Vaccination in Bombay 1902-1912 - 1902-1912
Year: 1902
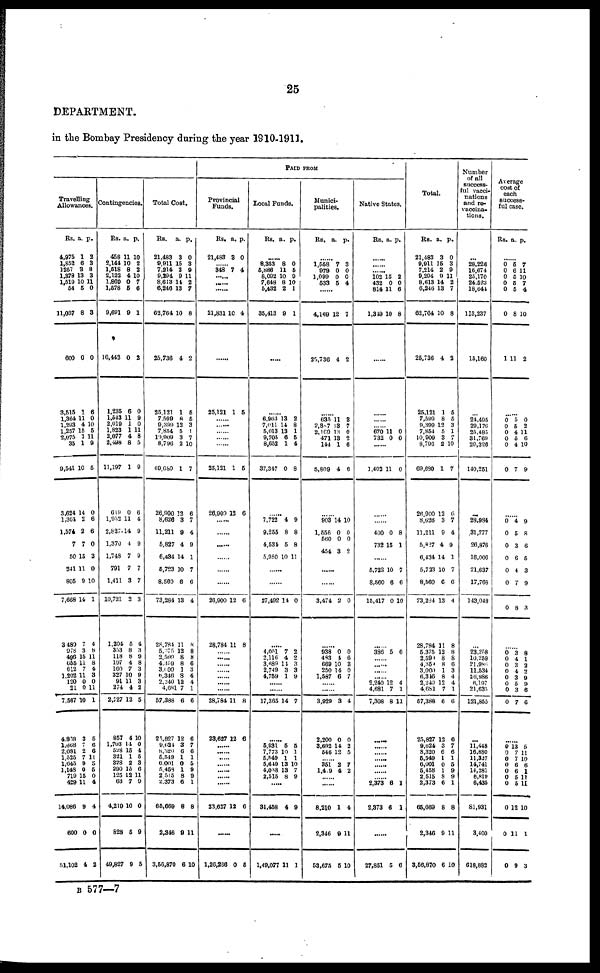
25
DEPARTMENT.
in the Bombay Presidency during the year 1910-1911.
Travelling
Allowances.
Rs.
4,975
1,852
1257
1,378
1,519
54
11,037
600
3,515
1,364
1,293
1,257
2,075
35
9,541
3,624
1,364
1,574
7
50
241
805
7,668
3,489
978
496
655
612
1,202
120
21
7,567
4,868
1,668
2,081
1,525
1,045
1,148
719
429
14,086
600
51,102
a.
1
6
3
13
10
5
8
0
1
11
4
15
7
1
10
14
2
2
7
15
11
9
14
7
3
15
11
7
11
0
0
10
3
7
2
7
9
0
15
11
9
0
4
p.
2
3
8
3
11
0
3
0
6
0
10
5
11
9
5
0
6
6
0
3
0
10
1
4
8
11
8
4
3
0
11
1
6
6
6
11
3
5
0
4
4
0
2
Contingencies.
Rs.
458
2,144
1,518
2,122
1,869
1,578
9,691
10,442
1,235
1,543
2,019
1,823
2,077
2,498
11,197
619
1,952
2,827
1,370
1,748
791
1,411
10,721
1,204
353
118
197
160
327
91
274
2,727
857
1,703
528
321
328
290
125
63
4,219
828
49,827
a.
11
10
8
4
0
5
9
0
6
11
1
1
4
8
1
0
11
14
4
7
7
3
2
5
8
8
4
7
10
11
4
12
4
14
15
1
2
15
12
7
10
5
9
p.
10
2
2
10
7
6
1
2
0
9
0
11
8
5
9
6
4
9
9
9
7
7
3
4
3
9
8
3
9
3
2
5
10
0
4
5
3
6
11
9
0
9
5
Total Cost.
Rs.
21,483
9,911
7,214
9,294
8,613
6,246
62,764
25,736
25,121
7,599
9,399
7,854
10,909
8,796
69,680
26,900
8,626
11,211
5,827
6,434
5,723
8,560
73,284
28,784
5,375
2,599
4,359
3,000
6,346
2,240
4,681
57,388
25,827
9,624
8,320
5,549
6,001
5,458
2 515
2,373
65,669
2,346
3,56,870
a.
3
15
2
9
14
13
10
4
1
8
12
5
3
2
1
12
3
9
4
14
10
6
13
11
12
8
8
1
8
12
7
6
12
3
6
1
0
1
8
6
8
9
6
p.
0
3
9
11
2
7
8
0
5
5
3
1
7
10
7
6
7
4
9
1
7
6
4
8
8
8
6
3
4
4
1
6
6
7
6
1
5
9
9
1
8
11
10
PAID FROM
Provincial
Funds.
Rs.
21,483
a.
3
p.
0
......
348 7 4
......
......
......
21,831 10 4
......
25,121 1 5
...... ......
......
...... ......
25,121
26,900
1
12
5
6
......
......
......
......
......
26,900
28,784
12
11
6
8
...... ......
......
......
...... ......
......
28,784
23,627
11
12
8
6
......
...... ......
......
......
...... ......
23,627 12 6
......
1,26,266 0 5
Local Funds.
Rs.
a. p.
......
8,353
5,886
8,092
7,648
5,432
35,413
8
11
10
8
2
9
0
5
9
10
1
1
.....
......
6,963
7,011
5,013
9,705
8,652
37,347
13
14
13
6
1
0
2
8
1
5
4
8
......
7,722
9,255
4,534
5,980
4
8
5
10
9
8
8
11
......
......
27,492 14 0
......
4,051
2,116
8,689
2,749
4,759
7
4
11
3
1
2
2
3
3
9
......
......
17,365 14 7
......
5,931
7,773
5,549
5,649
4,038
2,515
5
10
1
13
13
8
5
1
1
10
7
9
.....
31,458 4 9
.....
1,49,077 11 1
Munici-
palities.
Rs.
a. p.
......
1,558
979
1,099
533
7
0
0
5
3
0
0
4
......
4,169
25,736
12
4
7
2
......
635
2,387
2,169
471
144
5,809
11
13
13
13
1
4
3
7
0
2
6
6
......
903
1,556
560
454
14
0
0
3
10
0
0
2
......
......
3,474 2 0
......
938
483
669
250
1,587
0
4
10
14
6
0
6
3
0
7
......
......
3,929
2,200
3,692
546
3
0
14
12
4
0
2
5
...... 351
1,419
2
4
7
2
......
......
8,210
2,346
53,675
1
9
5
4
11
10
Native States.
Rs. a. p.
......
......
...... 102
432
814
1,349
15
0
11
10
2
0
6
8
......
......
......
...... 670
732
11
0
0
0
......
1,402 11 0
......
......
400
732
0
15
8
1
5,723
8,560
15,417
10
6
0
7
6
10
......
386 5 6
...... ......
...... ......
2,240
4,681
7,308
12
7
8
4
1
11
......
......
...... ......
......
......
...... 2,373
2,373
6
6
1
1
......
27,851 5 6
Total.
Rs.
21,483
9,911
7,214
9,294
8,613
6,246
62,764
25,736
25,121
7,599
9,399
7,854
10,909
8,796
69,680
26,900
8,626
11,211
5,827
6,434
5,723
8,560
73,284
28,784
5,375
2,599
4,359
3,000
6,346
2,240
4,681
57,388
25,827
9,624
8,320
5,549
6,001
5,458
2,515
2,373
65,669
2,346
3,56,870
a.
3
15
2
9
14
13
10
4
1
8
12
5
3
2
1
12
3
9
4
14
10
6
13
11
12
8
8
1
8
12
7
6
12
3
6
1
0
1
8
6
8
9
6
p.
0
3
9
11
2
7
8
2
5
5
3
1
7
10
7
6
7
4
9
1
7
6
4
8
8
8
6
3
4
4
1
6
6
7
6
1
5
9
9
1
8
11
10
Number
of all
success-
ful vacci-
nations
and re¬
vaccina-
tions.
...
28,226
16,674
25,170
24,523
18,644
113,237
15,160
...
24,495
29,176
25,485
31,769
20,326
140,251
...
28,984
31,777
26,876
16,006
21,637
17,768
143,048
...
23,258
10,259
21,986
11,534
26,986
6,197
21,635
121,855
...
11,448
16,880
11,327
14,741
14,281
6,819
6,435
81,931
3,400
618,882
Average
cost of
each
success-
ful case.
Rs. a. p.
......
0
0
0
0
0
0
1
5
6
5
5
5
8
11
7
11
10
7
4
10
2
......
0 0
0
0
0
0
5
5
4
5
4
7
0
2
11
6
10
9
......
0
0
0
0
0
0
0
4
5
3
6
4
7
8
9
8
6
5
3
9
3
......
0
0
0
0
0
0
0
0
3
4
3
4
3
5
3
7
6
1
2
2 9
9
6
6
......
9
0
0
0
0
0
0
0
0
0
13
7
7
6
6
5
5
12
11
9
5
11
10
6
1
11
11
10
1
3
B 577—7